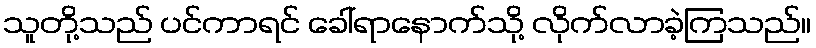
သူတို့သည် ပင်ကာရင် ခေါ်ရာနောက်သို့ လိုက်လာခဲ့ကြသည်။